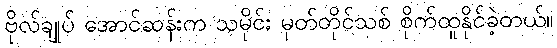
ဗိုလ်ချုပ် အောင်ဆန်းက သမိုင်း မှတ်တိုင်သစ် စိုက်ထူနိုင်ခဲ့တယ်။